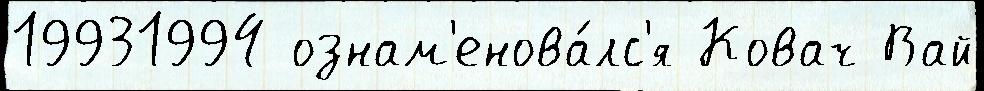
19931994 ознам'енова́лс'я Ковач Вай